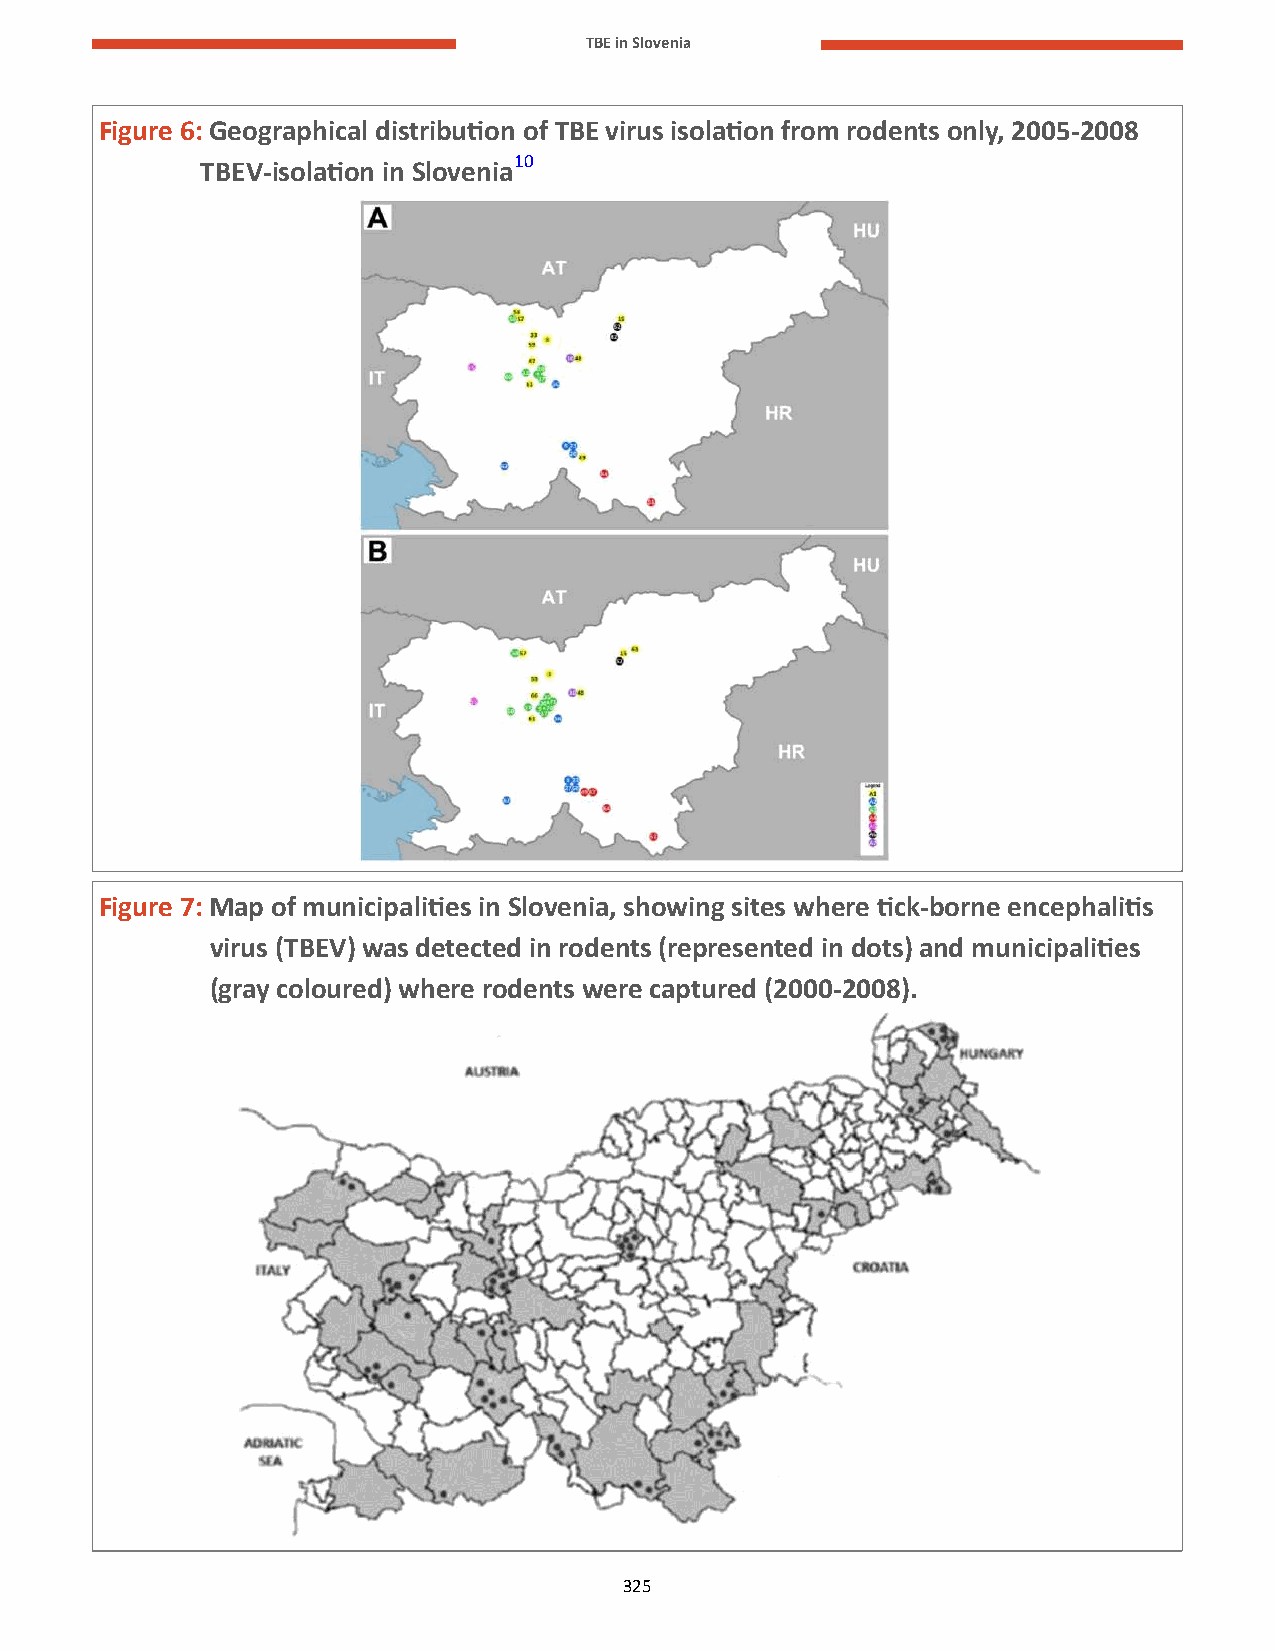
TBE in Slovenia
 Figure 6: Geographical distribution of TBE virus isolation from rodents only, 2005-2008
 TBEV-isolation in Slovenia10
 Figure 7: Map of municipalities in Slovenia, showing sites where tick-borne encephalitis
 virus (TBEV) was detected in rodents (represented in dots) and municipalities
 (gray coloured) where rodents were captured (2000-2008).
 325